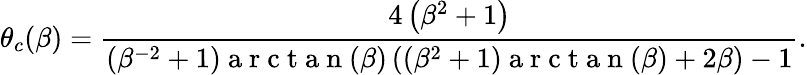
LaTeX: \theta_{c}(\beta)=\frac{4\left(\beta^{2}+1\right)}{\left(\beta^{-2}+1\right)\mathrm{~a~r~c~t~a~n~}(\beta)\left(\left(\beta^{2}+1\right)\mathrm{~a~r~c~t~a~n~}(\beta)+2\beta\right)-1}.